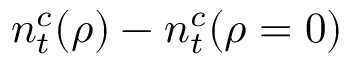
n _ { t } ^ { c } ( \rho ) - n _ { t } ^ { c } ( \rho = 0 )